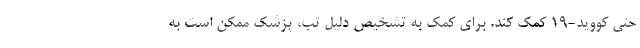
حتی کووید-19 کمک کند. برای کمک به تشخیص دلیل تب، پزشک ممکن است به